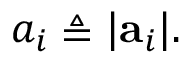
a _ { i } \triangleq | \mathbf { a } _ { i } | .